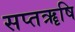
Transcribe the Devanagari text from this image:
सप्तॠषि